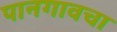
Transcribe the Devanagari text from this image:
पानगावचा